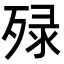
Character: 𬆚